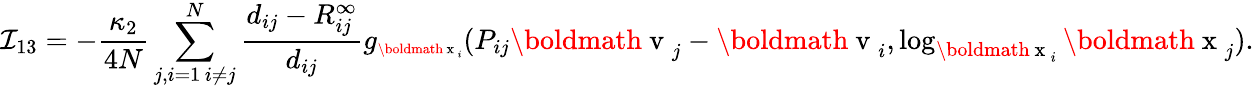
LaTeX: {\mathcal I}_{13}=-\frac{\kappa_{2}}{4N}\sum_{\substack{j,i=1\, i\neq j}}^{N}\frac{d_{ij}-R_{ij}^{\infty}}{d_{ij}}g_{\scriptsize\mathrm{\boldmath~x~}_{i}}(P_{ij}\mathrm{\boldmath~v~}_{j}-\mathrm{\boldmath~v~}_{i},\log_{\mathrm{\boldmath~x~}_{i}}\mathrm{\boldmath~x~}_{j}).